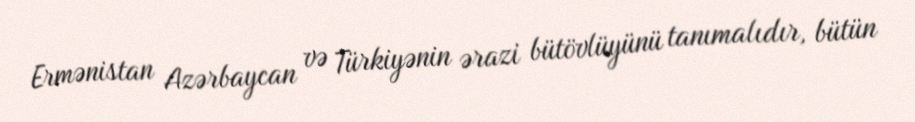
Ermənistan Azərbaycan və Türkiyənin ərazi bütövlüyünü tanımalıdır, bütün